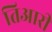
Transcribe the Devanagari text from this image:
तिआरी